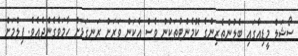
ސޯޝަލް މީޑިއާގައި ބެލުންތެރިންގެ ކޮމެންޓުތަކުން ވެސް އެކަން ވަރަށް ރަނގަޅަށް ހާމަވެގެންދެއެވެ. ފިލްމަށް